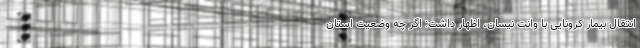
انتقال بیمار کرونایی با وانت نیسان، اظهار داشت: اگر چه وضعیت استان